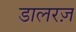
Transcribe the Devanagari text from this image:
डालरज़